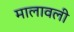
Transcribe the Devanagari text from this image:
मालावली